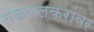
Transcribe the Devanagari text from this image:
तळवलकरांवर